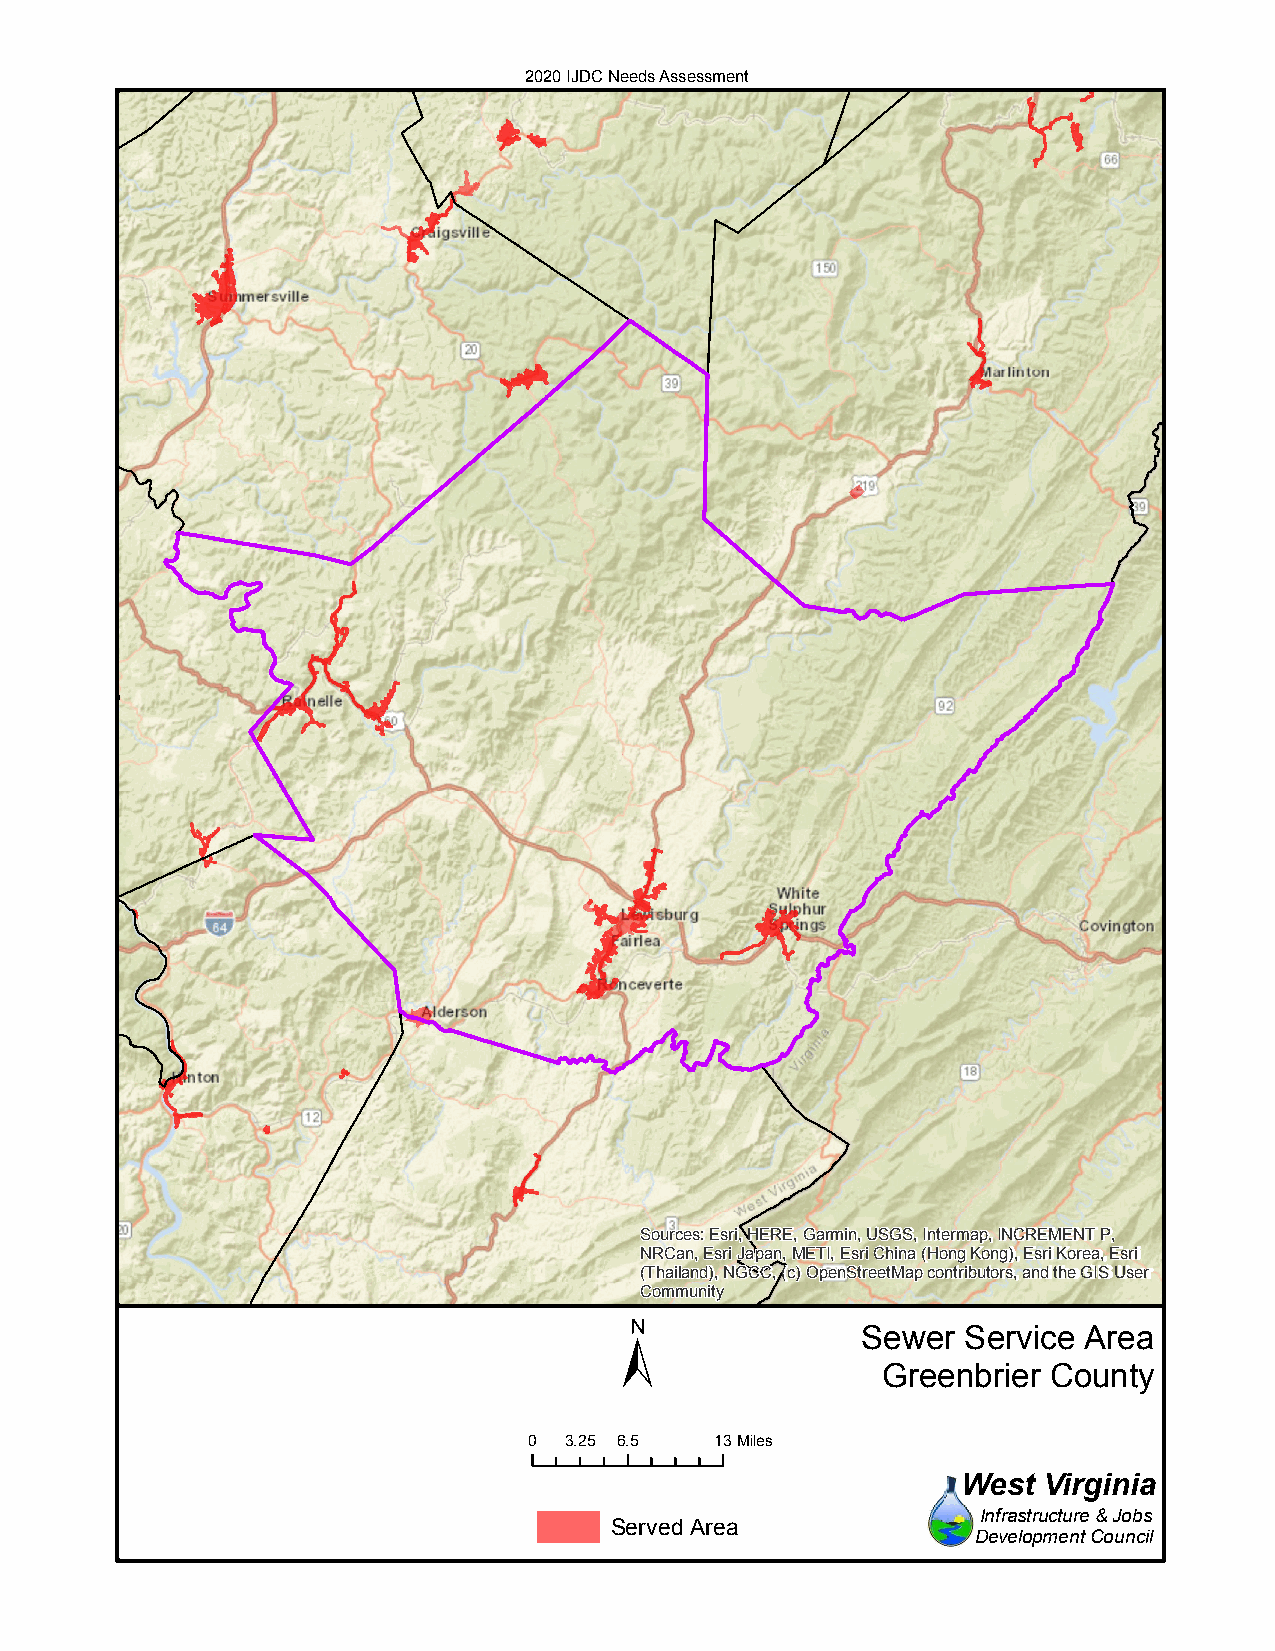
2020 IJDC Needs Assessment
 Sources: Esri, HERE, Garmin, USGS, Intermap, INCREMENT P,
 NRCan, Esri Japan, METI, Esri China (Hong Kong), Esri Korea, Esri
 (Thailand), NGCC, (c) OpenStreetMap contributors, and the GIS User
 Community
 ±
 Sewer  Service Area
 Greenbrier County
 0 3.25 6.5  13Miles
 West Virginia
 Infrastructure & Jobs
 Served Area
 Development Council